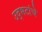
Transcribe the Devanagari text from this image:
उद्भटांचे